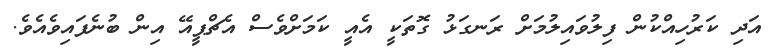
އަދި ކަރުހިއްކުން ފިލުވައިލުމަށް ރަނގަޅު ގޮތަކީ އެއީ ކަމަށްވެސް އެޗްޕީއޭ އިން ބުނެފައިވެއެވެ.